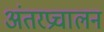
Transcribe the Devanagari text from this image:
अंतरप्रचालन